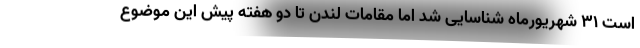
است ۳۱ شهریورماه شناسایی شد اما مقامات لندن تا دو هفته پیش این موضوع